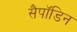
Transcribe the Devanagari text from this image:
सैपॉडिन